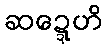
ဆဍ္ဍေဟိ